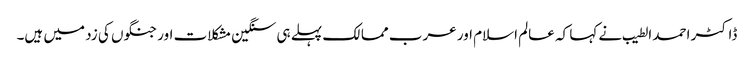
ڈاکٹر احمد الطیب نے کہا کہ عالم اسلام اور عرب ممالک پہلے ہی سنگین مشکلات اور جنگوں کی زد میں ہیں۔